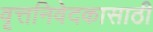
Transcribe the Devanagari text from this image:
वृत्तनिवेदकासाठी